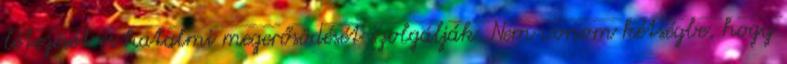
létezését és hatalmi megerő­södését szolgálják. Nem vonom kétségbe, hogy